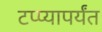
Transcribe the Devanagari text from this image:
टप्प्यापर्यंत